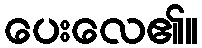
ပေးလေ၏။